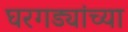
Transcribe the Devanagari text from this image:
घरगड्यांच्या